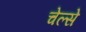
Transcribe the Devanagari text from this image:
चेल्से